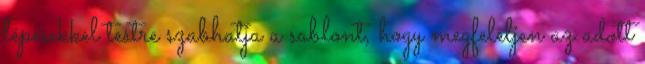
lépésekkel testre szabhatja a sablont, hogy megfeleljen az adott